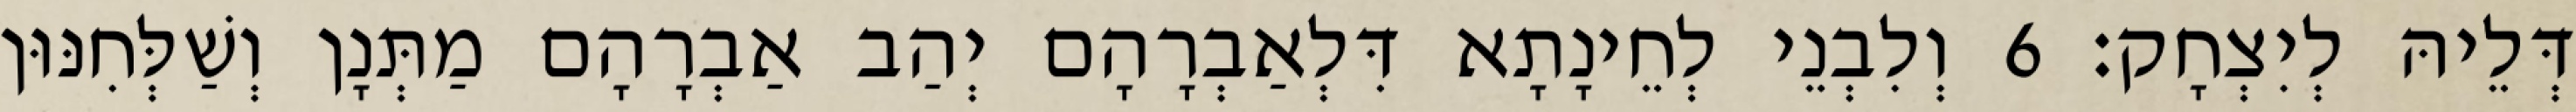
דְּלֵיהּ לְיִצְחָק׃ 6 וְלִבְנֵי לְחֵינָתָא דִּלְאַבְרָהָם יְהַב אַבְרָהָם מַתְּנָן וְשַׁלְּחִנּוּן